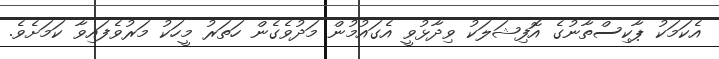
އެކަމަކު ޕާކިސްތާނުގެ އޮފިޝަލަކު ވިދާޅުވީ އެގައުމުން މަދުވެގެން ހަތަރު މީހަކު މަރުވެފައިވާ ކަމަށެވެ.